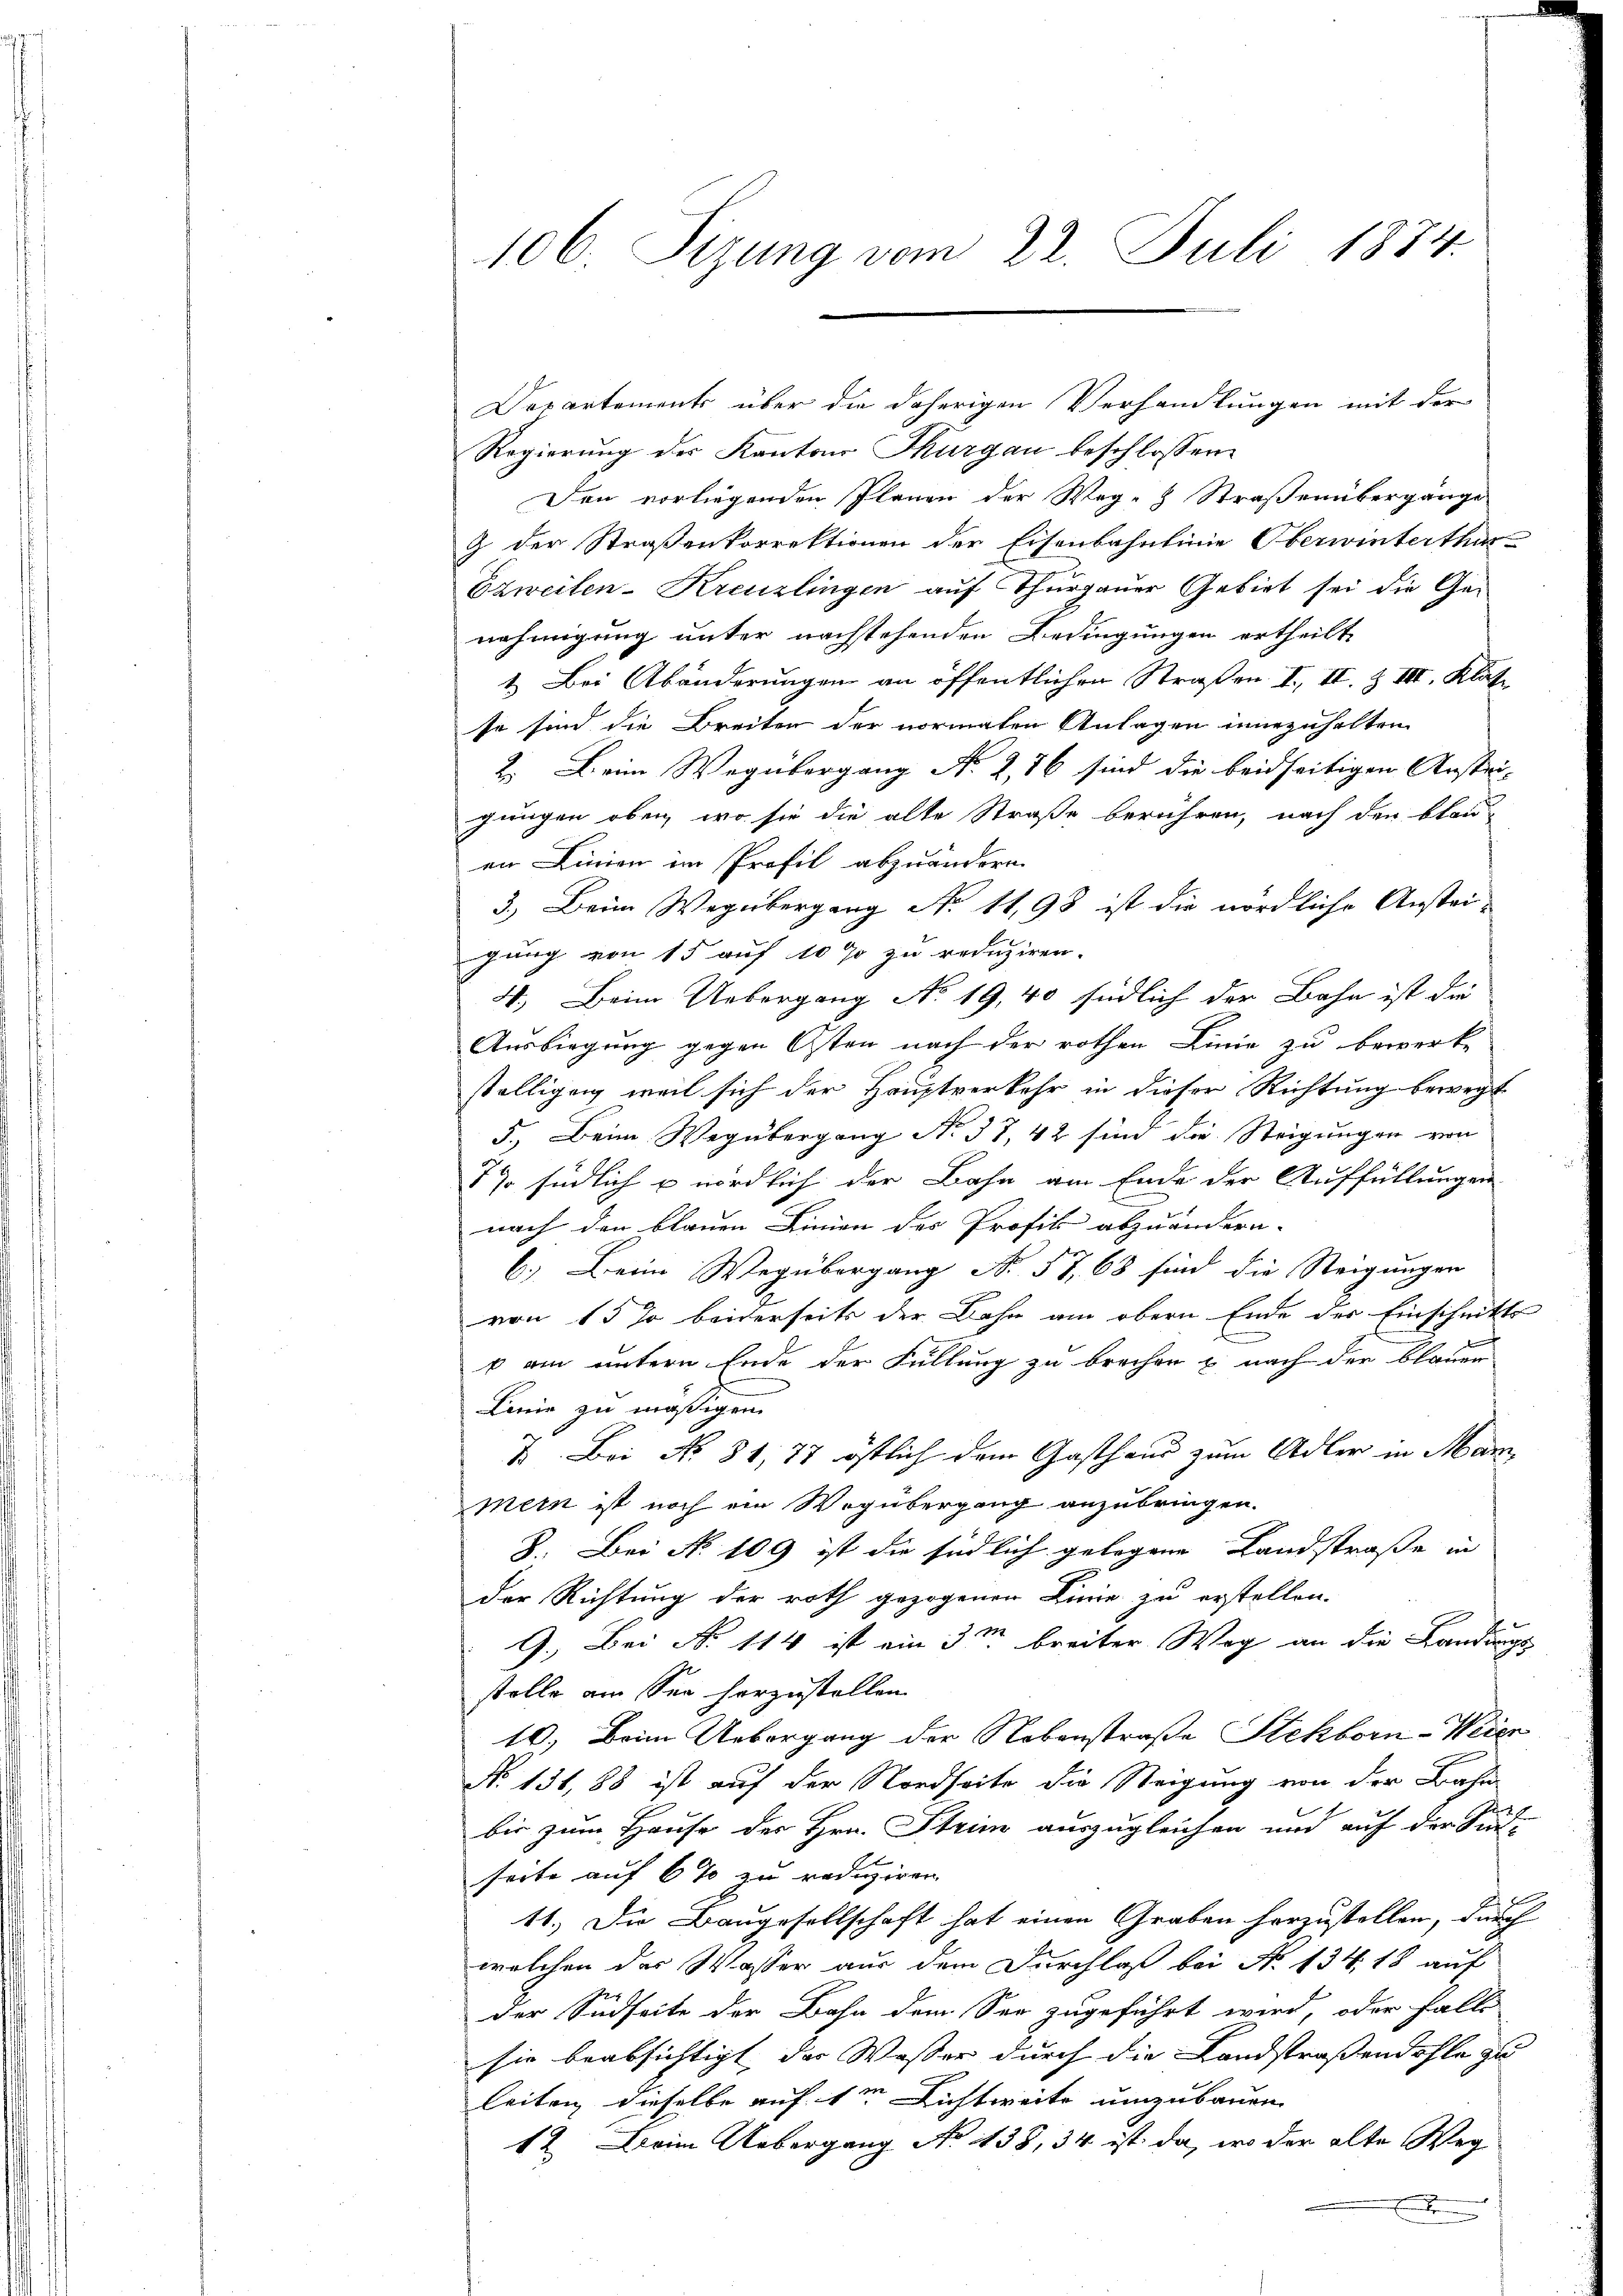
106. Sizung vom 22. Juli 1874.

Departements über die daherigen Verhandlungen mit der
Regierung des Kantons Thurgau beschlossen
Den vorliegenden Plänen der Weg- & Straßenübergänge
9 der Straßenkorrektionen der Eisenbahnlinie Oberwinterthur
Ezweiten-Kreuzlingen auf Thurgauer Gebiet sei die Genehmigung unter nachstehenden Bedingungen ertheilt,
1. Bei Abänderungen an öffentlichen Straßen I. II. Z III. Klate
so sind die Breiten der normalen Anlagen innezuhalten
2. Beim Wegübergang No 2,76 sind die beidseitigen Anstri-
gungen oben, wo sie die alte Straße berühren, nach den blau
en Linien im Profil abzuändern.
3.) Beim Wegübergang No 11,98 ist die nördliche Anstei-
gung von 15 auf 10 % zu reduziren.
4.) Beim Uebergang No. 19,40 südlich der Bahn ist die
Ausbiegung gegen Osten nach der rothen Linie zu bewerke
stelligung weil sich der Hauptverkehr in dieser Richtung bewegt
5.) Beim Wegübergang No 38, 42 sind die Steigungen von
77 südlich u nördlich der Bahn am Ende der Auffüllungen
nach den blauen Linien des Profes abzuändern.
6.) Beim Wegübergang No. 57, 68 sind die Steigungen
von 15 % beiderseits der Dahn am obern Ende der Einschnitts
e
v am untern Ende der Füllung zu brechen u. nach der blauen
Linie zu mäßigen.
V. Bei No 81, 77 östlich dem Gasthaus zum Adler in Mar
mern ist noch ein Wegübergang anzubringen.
8. Bei No 109 ist die südlich gelogene Landstraße in
der Richtung der roth gezogenen Linie zu erstellen.
9. Bei No 114 ist ein 3m breiter Weg an die Landungs-
stolle am See herzustellen.
10. Beim Uebergang der Nebenstraße Stekborn-Weier
No. 131,88 ist auf der Nordseite die Steigung von der Bahn
bis zum Hause der Hrn. Steine auszugleichen und auf der Sal-
seite auf 6 % zu reduziren
11.) Die Baugesellschaft hat einen Graben herzustellen, durch
welchen der Wasser aus dem Durchlaß bei No 134, 18 auf
der Südseite der Bahn dem See zugeführt wird, oder falls
sie beabsichtigt, der Wasser durch die Landstraßendohle zu
leiten dieselbe auf 1m Richtweite umzubauen
12. Beim Uebergang No 438, 34 ist da, wo der alte Weg
Ennderen